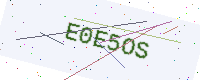
Text: E0E5OS